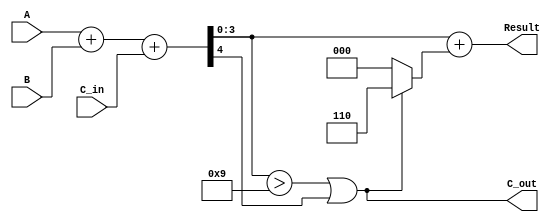
module BCD_Parallel_Adder (
    input  [3:0] A,      // First BCD digit
    input  [3:0] B,      // Second BCD digit
    input        C_in,    // Carry input
    output [3:0] Result,  // Final BCD result
    output       C_out    // Carry output
);

    wire [4:0] sum;        // 5-bit sum to accommodate carry out
    wire correction_needed; // Flag for correction logic

    // Binary addition of A, B and carry in
    assign sum = A + B + C_in;

    // Check if correction is needed (sum > 9) or if there is a carry out
    assign correction_needed = (sum[3:0] > 4'b1001) || sum[4];

    // Output Result
    assign Result = sum[3:0] + (correction_needed ? 4'b0110 : 4'b0000);

    // Carry out determination
    assign C_out = (sum[3:0] > 4'b1001) || sum[4];

endmodule